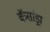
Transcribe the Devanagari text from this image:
कॅसांड्रा